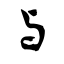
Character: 与